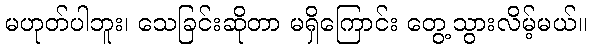
မဟုတ်ပါဘူး၊ သေခြင်းဆိုတာ မရှိကြောင်း တွေ့သွားလိမ့်မယ်။